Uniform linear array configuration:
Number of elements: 64
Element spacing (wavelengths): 1
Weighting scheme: cosine
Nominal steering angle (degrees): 60
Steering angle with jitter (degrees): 60.811
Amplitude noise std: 0.05
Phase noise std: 0.05

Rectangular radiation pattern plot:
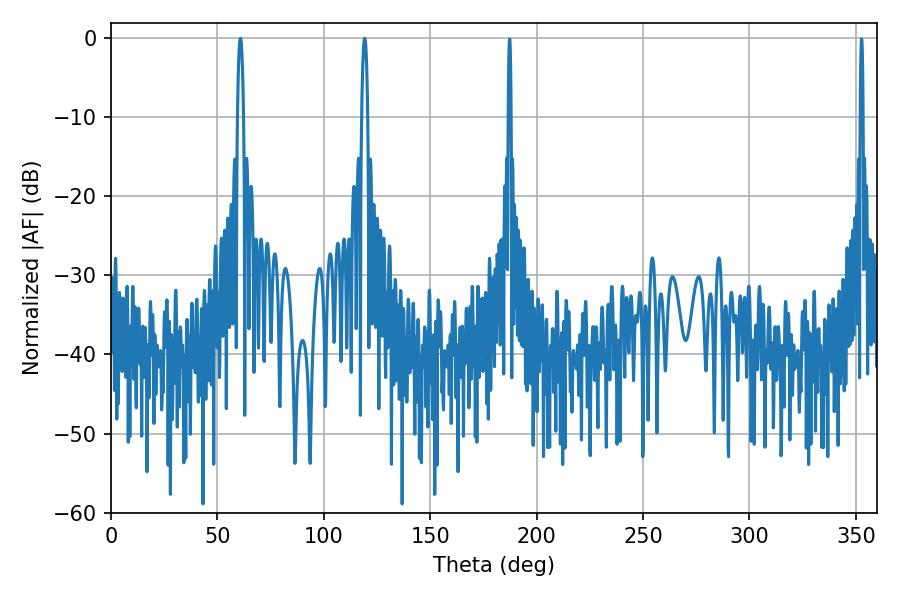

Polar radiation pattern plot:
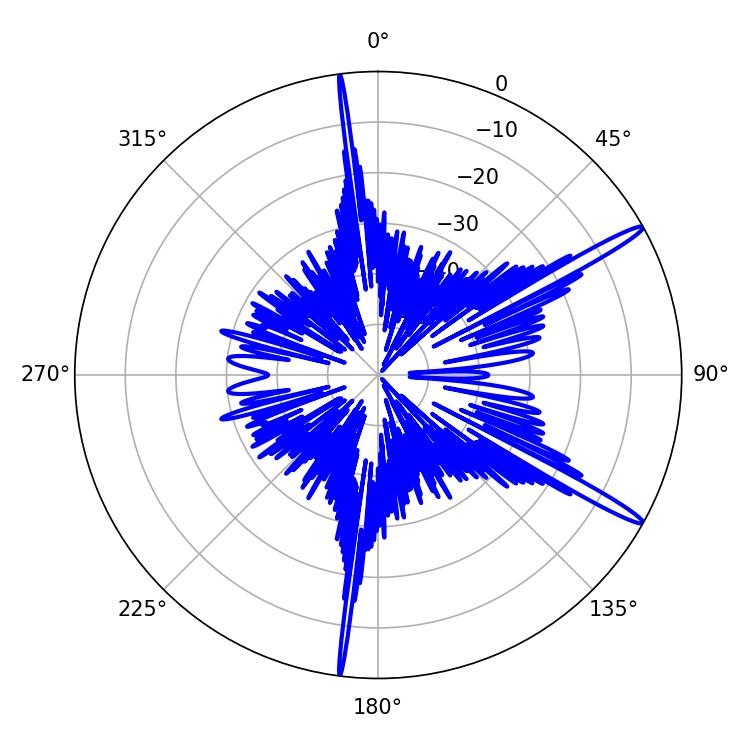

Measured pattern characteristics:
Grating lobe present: TRUE
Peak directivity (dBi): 15.839
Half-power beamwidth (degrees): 1.44
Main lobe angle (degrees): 119.16